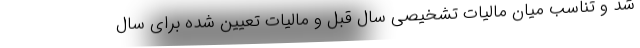
شد و تناسب میان مالیات تشخیصی سال قبل و مالیات تعیین شده برای سال